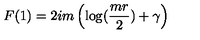
F ( 1 ) = 2 i m \left( \log ( { \frac { m r } { 2 } } ) + \gamma \right)